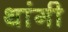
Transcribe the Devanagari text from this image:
थांगी